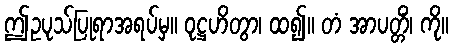
ဤဥပုသ်ပြုရာအရပ်မှ။ ဝုဋ္ဌဟိတွာ၊ ထ၍။ တံ အာပတ္တိံ၊ ကို။